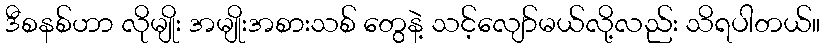
ဒီစနစ်ဟာ လိုမျိုး အမျိုးအစားသစ် တွေနဲ့ သင့်လျော်မယ်လို့လည်း သိရပါတယ်။